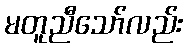
မတူညီသော်လည်း